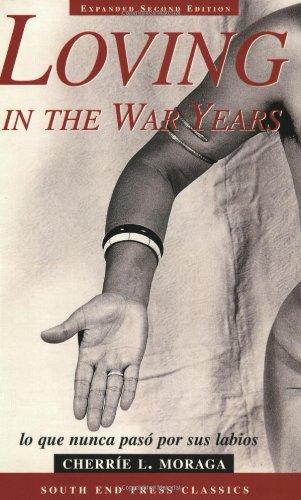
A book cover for Loving in the War Years: Lo Que Nunca Paso por Sus Labios (South End Press Classics Series) (English and Spanish Edition); Cherrie L. Moraga; Romance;